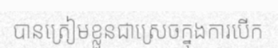
បានត្រៀមខ្លួនជាស្រេចក្នុងការបើក